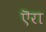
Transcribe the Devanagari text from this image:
ऎरा